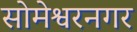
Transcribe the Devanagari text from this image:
सोमेश्वरनगर